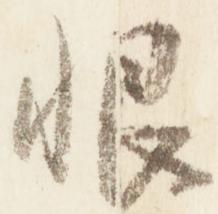
恨